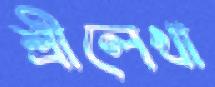
শ্রীলেখা